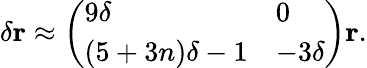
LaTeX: \delta\mathbf{r}\approx\left(\begin{array}{ll}{9\delta}&{0}\\ {(5+3n)\delta-1}&{-3\delta}\end{array}\right)\mathbf{r}.